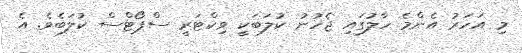
މި އަހަރު އެންމެ ހާލުގައި ޖެހުނު ކުލަބަކީ ވިކްޓަރީ ސްޕޯޓްސް ކުލަބެވެ. އެ